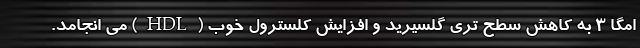
امگا 3 به کاهش سطح تری گلسیرید و افزایش کلسترول خوب (HDL) می انجامد.